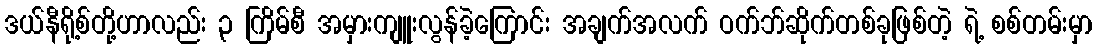
ဒယ်နီရို့စ်တို့ဟာလည်း ၃ ကြိမ်စီ အမှားကျူးလွန်ခဲ့ကြောင်း အချက်အလက် ဝက်ဘ်ဆိုက်တစ်ခုဖြစ်တဲ့ ရဲ့ စစ်တမ်းမှာ